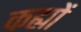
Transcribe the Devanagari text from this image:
कह्यों